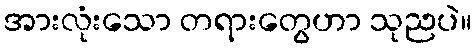
အားလုံးသော တရားတွေဟာ သုညပဲ။